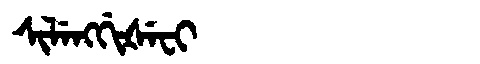
Manchu: ᠰᡳᠯᡝᠩᡤᡳᡧᡝᠸᡳ
Romanization: SILENGGIŠEFI